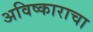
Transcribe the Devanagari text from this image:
अविष्काराचा